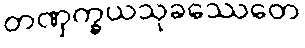
တဏှက္ခယသုခဿေတေ